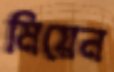
মিয়েন